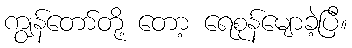
ကျွန်တော်တို့ တော့ ရေစုန်မျောခဲ့ပြီ။